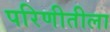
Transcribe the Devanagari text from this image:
परिणीतीला